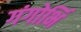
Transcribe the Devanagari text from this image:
गंगोर्भि